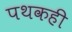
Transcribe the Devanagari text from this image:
पथकही